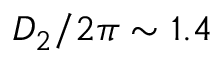
D _ { 2 } / 2 \pi \sim 1 . 4